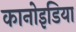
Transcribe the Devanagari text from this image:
कानोइडिया